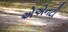
એએનટી